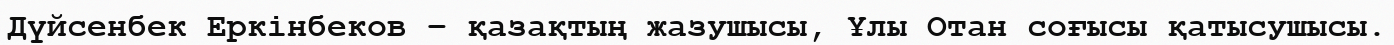
Дүйсенбек Еркінбеков – қазақтың жазушысы, Ұлы Отан соғысы қатысушысы.